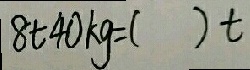
8 t 4 0 k g = ( ) t